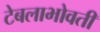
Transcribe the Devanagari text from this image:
टेबलाभोवती